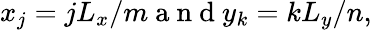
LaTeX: x_{j}=jL_{x}/m\mathrm{~a~n~d~}y_{k}=kL_{y}/n,